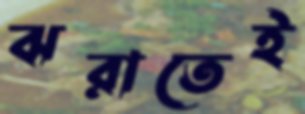
ঝরাতেই